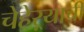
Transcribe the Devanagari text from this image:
चेहेऱ्याची